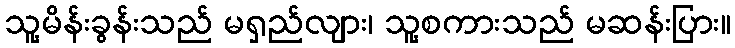
သူ့မိန်းခွန်းသည် မရှည်လျား၊ သူ့စကားသည် မဆန်းပြား။